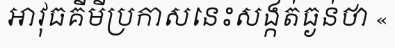
អាវុធគីមីប្រកាសនេះសង្កត់ធ្ងន់ថា «